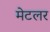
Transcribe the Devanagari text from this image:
मेटलर